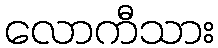
လောကီသား